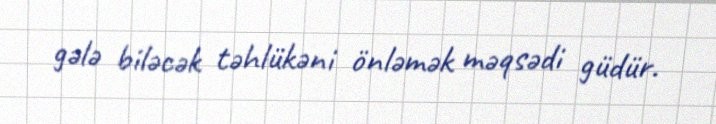
gələ biləcək təhlükəni önləmək məqsədi güdür.